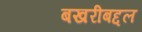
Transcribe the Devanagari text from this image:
बखरीबद्दल